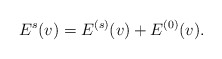
\begin{align*}E^{s}(v) =E^{(s)}(v)+E^{(0)}(v).\end{align*}